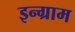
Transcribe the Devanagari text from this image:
इन्ग्राम